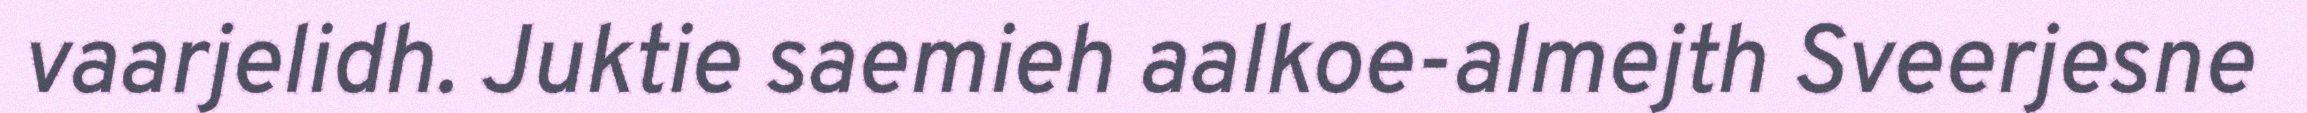
vaarjelidh. Juktie saemieh aalkoe-almejth Sveerjesne